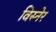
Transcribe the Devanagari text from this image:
विस्नेर